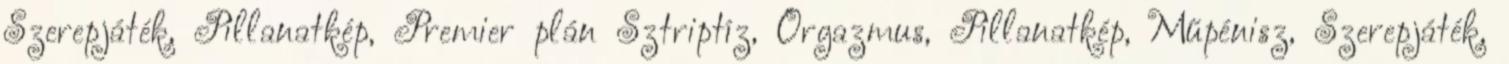
Szerepjáték, Pillanatkép, Premier plán Sztriptíz, Orgazmus, Pillanatkép, Műpénisz, Szerepjáték,